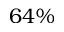
6 4 \%